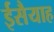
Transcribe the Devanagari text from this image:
ईसैयाह